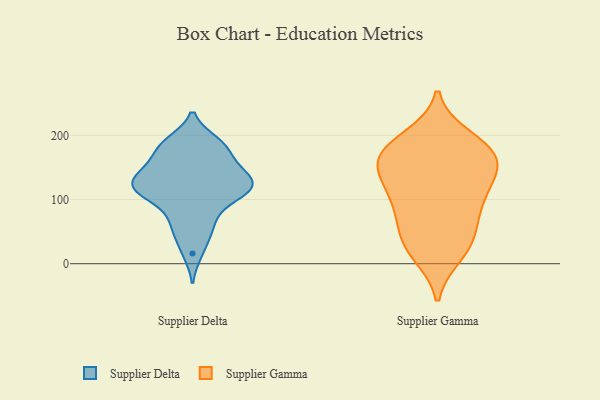
{"axis": {"x": "Latency (ms)", "y": "Value"}, "legend": ["Supplier Delta", "Supplier Gamma"], "data": [{"x": "", "y": 124, "type": "Supplier Delta"}, {"x": "", "y": 140, "type": "Supplier Delta"}, {"x": "", "y": 16, "type": "Supplier Delta"}, {"x": "", "y": 57, "type": "Supplier Delta"}, {"x": "", "y": 156, "type": "Supplier Delta"}, {"x": "", "y": 73, "type": "Supplier Delta"}, {"x": "", "y": 123, "type": "Supplier Delta"}, {"x": "", "y": 151, "type": "Supplier Delta"}, {"x": "", "y": 117, "type": "Supplier Delta"}, {"x": "", "y": 187, "type": "Supplier Delta"}, {"x": "", "y": 121, "type": "Supplier Delta"}, {"x": "", "y": 45, "type": "Supplier Delta"}, {"x": "", "y": 92, "type": "Supplier Delta"}, {"x": "", "y": 118, "type": "Supplier Delta"}, {"x": "", "y": 109, "type": "Supplier Delta"}, {"x": "", "y": 144, "type": "Supplier Delta"}, {"x": "", "y": 183, "type": "Supplier Delta"}, {"x": "", "y": 114, "type": "Supplier Delta"}, {"x": "", "y": 190, "type": "Supplier Delta"}, {"x": "", "y": 180, "type": "Supplier Delta"}, {"x": "", "y": 144, "type": "Supplier Gamma"}, {"x": "", "y": 43, "type": "Supplier Gamma"}, {"x": "", "y": 32, "type": "Supplier Gamma"}, {"x": "", "y": 62, "type": "Supplier Gamma"}, {"x": "", "y": 198, "type": "Supplier Gamma"}, {"x": "", "y": 182, "type": "Supplier Gamma"}, {"x": "", "y": 157, "type": "Supplier Gamma"}, {"x": "", "y": 101, "type": "Supplier Gamma"}, {"x": "", "y": 15, "type": "Supplier Gamma"}, {"x": "", "y": 13, "type": "Supplier Gamma"}, {"x": "", "y": 167, "type": "Supplier Gamma"}, {"x": "", "y": 100, "type": "Supplier Gamma"}, {"x": "", "y": 150, "type": "Supplier Gamma"}, {"x": "", "y": 105, "type": "Supplier Gamma"}, {"x": "", "y": 191, "type": "Supplier Gamma"}, {"x": "", "y": 62, "type": "Supplier Gamma"}, {"x": "", "y": 107, "type": "Supplier Gamma"}, {"x": "", "y": 144, "type": "Supplier Gamma"}, {"x": "", "y": 156, "type": "Supplier Gamma"}, {"x": "", "y": 180, "type": "Supplier Gamma"}]}